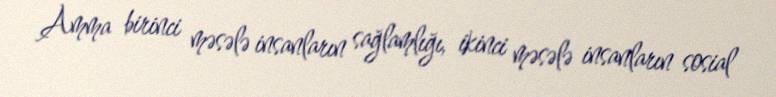
Amma birinci məsələ insanların sağlamlığı, ikinci məsələ insanların sosial